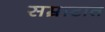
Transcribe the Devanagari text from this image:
सम्राटात